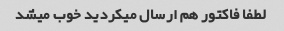
لطفا فاکتور هم ارسال میکردید خوب میشد